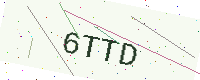
Text: 6TTD